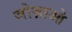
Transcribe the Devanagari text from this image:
जोज़ाओ